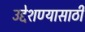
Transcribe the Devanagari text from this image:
उद्देशण्यासाठी